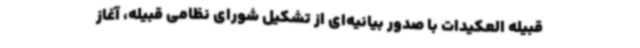
قبیله العکیدات با صدور بیانیه‌ای از تشکیل شورای نظامی قبیله، آغاز